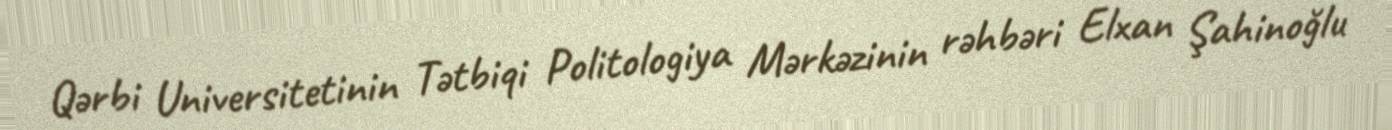
Qərbi Universitetinin Tətbiqi Politologiya Mərkəzinin rəhbəri Elxan Şahinoğlu